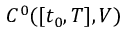
C ^ { 0 } ( [ t _ { 0 } , T ] , V )